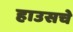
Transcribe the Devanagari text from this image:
हाउसचे